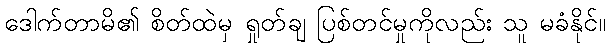
ဒေါက်တာမိ၏ စိတ်ထဲမှ ရှုတ်ချ ပြစ်တင်မှုကိုလည်း သူ မခံနိုင်။